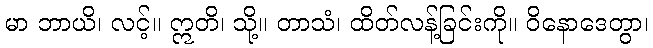
မာ ဘာယိ၊ လင့်။ ဣတိ၊ သို့။ တာသံ၊ ထိတ်လန့်ခြင်းကို။ ဝိနောဒေတွာ၊